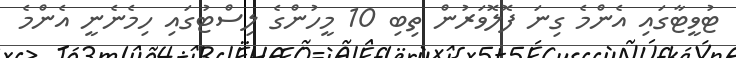
ޓުވީޓާގައި އެންމެ ގިނަ ފޮލޮވަރުން ތިބި 10 މީހުންގެ ލިސްޓުގައި ހިމެނެނީ އެންމެ